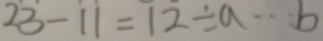
2 3 - 1 1 = 1 2 \div a \cdots b